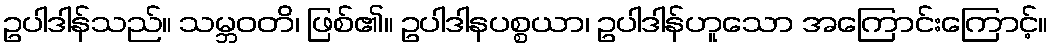
ဥပါဒါန်သည်။ သမ္ဘဝတိ၊ ဖြစ်၏။ ဥပါဒါနပစ္စယာ၊ ဥပါဒါန်ဟူသော အကြောင်းကြောင့်။